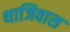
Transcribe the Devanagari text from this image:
थाजिवास